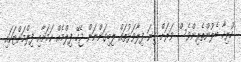
ހުރިހާ ބެލުންތެރިންވެސް ވަރަށް ގިނަ ފިލާވަޅުތައް ލިބިގަންނަން ޖެހޭ ފިލްމެއް ކަމަށާއި ފިލްމަށްޓަކައި